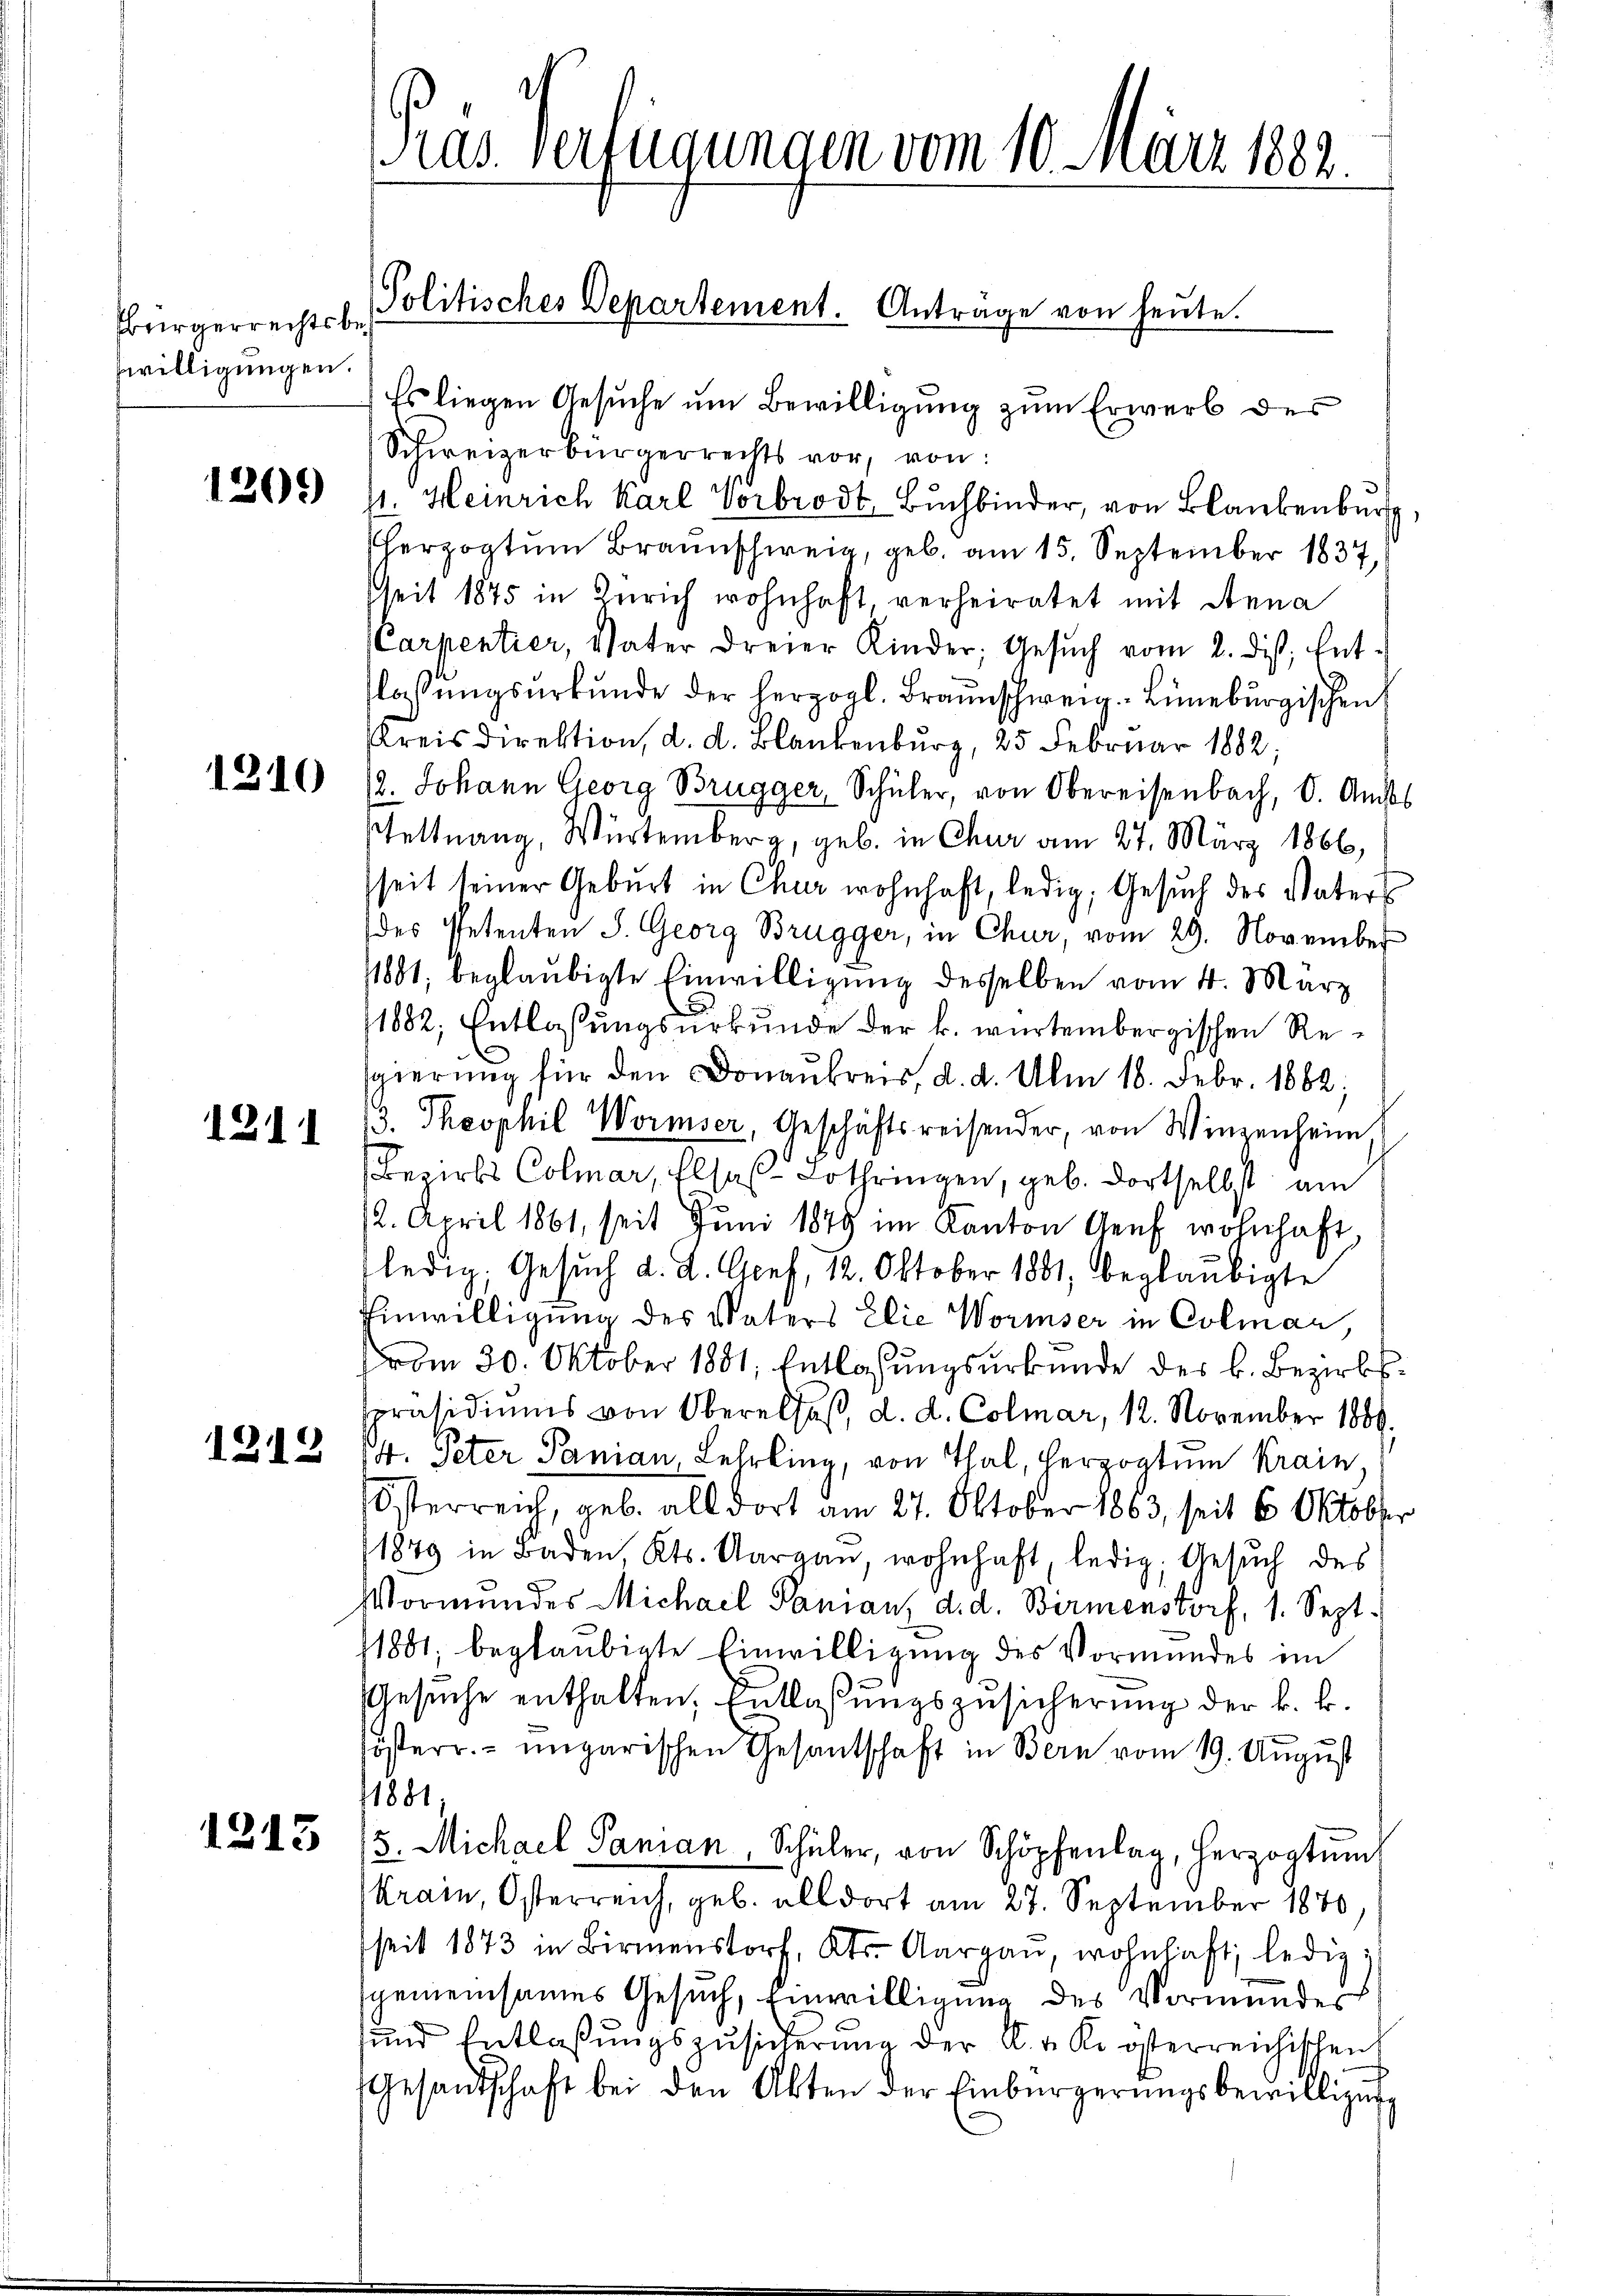
sbürgerrechtsbeswilligungen.

1209)

1310

1211

1212

1213

Präs. Verfügungen vom 10. März 182.

Es liegen Gesuche um Bewilligung zum Erwerb der
Schweizerbürgerrechts vor, von:
s. Heinrich Karl Vorbrodt, Buchbinder, von Blanken,
herzogtum Braunschweig, geb. am 15. September 1837,
Zeit 1875 in Zürich wohnhaft, verheiratet mit Anna
Carpentier, Vater dreier Kinder, Gesŭch vom 2. diβ, Ent-
lassŭngsurkunde der herzogl. Braunschweig. Lüneburgischen
Kreisdirektion, d. d. Blankenburg, 25 Februar 1882,
12. Johann Georg Brugger, Schüler, von Obereisenbach, d. Auss
stettnang, Würtemberg, geb. in Chur am 27. März 1866,
seit seiner Geburt in Chur wohnhaft, ledig, Gesuch des Vaters
(des Petenten S. Georg Brugger, in Chur, vom 29. November
1881, beglaubigte Einwilligung desselben vom 4. März
1882, Entlassungsurkunde der k. würtembergischen Resgierung für den Donaukreis, d. d. Am 18. Febr. 1882;
13. Theophil Wormser Geschäftsreisender, von Winzenheim
(Bezirks Colmar, Elsas-Lothringen, geb. dortselbst am
12. April 1861, seit Juni 1849 im Kanton Aeuf wohnhaft
ledig, Gesŭch d. d. Graf, 12. Oktober 1881, beglaubigte
Einwilligung des Vaters Elie Wormser in Colmar,
vom 30. Oktober 1881, Entlassungsurkunde des k. Bezirks¬
Präsidiums von Oberalsaß, d. d. Colmar, 12. November 1889.
4. Peter Panian, Lehrling, von Thal, Herzogtum Krain,
Österreich, geb. all dort am 27. Oktober 1863, seit 6 Oktober
1879 in Baden, Kts. Aargau, wohnhaft, ledig, Gesuch des
Vormundes Michael Pamian, d. d. Birmenstorf, 1. Sept.
1881, beglaubigte Einwilligung des Vormundes ein
Gesuche enthalten, Entlassungszusicherung der k. k.
österr. ungarischen Gesantschaft in Bern vom 19. August
1881,
5. Michael Pamian, Schüler, von Schöpfen, herzogtŭm
Krain, Osterreich, geb. alldort am 27. September 1870
seit 1873 in Birmenstorf, Kts. Aargaŭ, wohnhaft, ledig,
sgemeinsames Gesuch, Einwilligung des Vormundes
und Entlaβŭngszŭsicherŭng der C. v. K. österreichischen
Gesandtschaft bei den Akten der Einbürgerŭngsbewilligung

Politisches Departement. Antrage von heute.